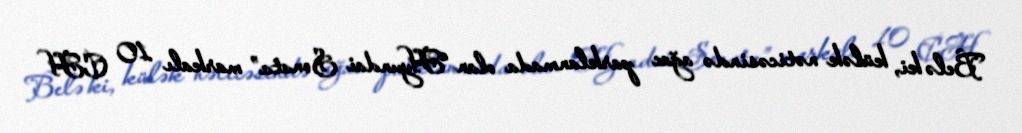
Belə ki, külək nəticəsində ağac parklanmada olan “Hyundai Sonata” markalı 10 CH